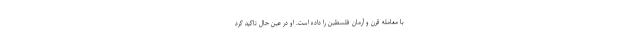
با معامله قرن و آرمان فلسطین را داده است. او در عین حال تاکید کرد